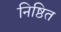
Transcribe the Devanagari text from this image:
निष्ठित